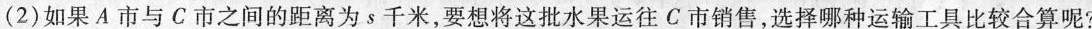
(2)如果A市与C市之间的距离为s千米，要想将这批水果运往C市销售，选择哪种运输工具比较合算呢?